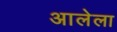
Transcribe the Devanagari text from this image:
अालेला